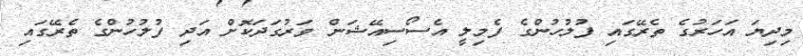
މިދިޔަ އަހަރުގެ ތެރޭގައި ފުލުހުންގެ ފެމިލީ އެސޯސިއޭޝަން ވަރުގަދަކޮށް އަދި ފުލުހުންގެ ތެރޭގައި